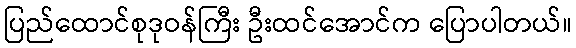
ပြည်ထောင်စုဒုဝန်ကြီး ဦးထင်အောင်က ပြောပါတယ်။